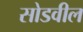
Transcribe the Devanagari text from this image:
सोडवील